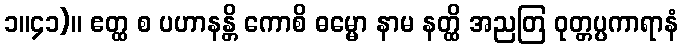
၁။၄၁)။ ဧတ္ထ စ ပဟာနန္တိ ကောစိ ဓမ္မော နာမ နတ္ထိ အညတြ ဝုတ္တပ္ပကာရာနံ